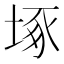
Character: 㙇